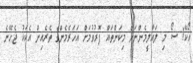
އޯކޭ! ސޯ މި ލައާލީމެންނަށް މިކަންތައް ފޮރުވުމަށް އަހަރެމެންގެ ތެރެއިން އެކަކު ޖެހޭނެ